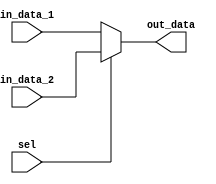
// select 1 from 2 32bit input
module MUX2T1_32(
    input [31:0] in_data_1,
    input [31:0] in_data_2,
    input sel,
    output [31:0] out_data
);
    assign out_data = (sel == 0) ? in_data_1 : in_data_2;

endmodule